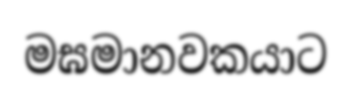
මඝමානවකයාට